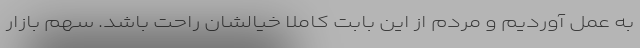
به عمل آوردیم و مردم از این بابت کاملاً خیالشان راحت باشد. سهم بازار